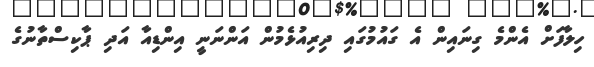
ހިލާފަށް އެންމެ ގިނައިން އެ ގައުމުގައި ދިރިއުޅެމުން އަންނަނީ އިންޑިއާ އަދި ޕާކިސްތާނުގެ